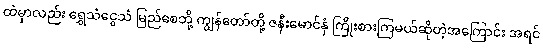
ထဲမှာလည်း ရွှေသံငွေသံ မြည်စေဘို့ ကျွန်တော်တို့ ဇနီးမောင်နှံ ကြိုးစားကြမယ်ဆိုတဲ့အကြောင်း အရင်